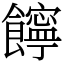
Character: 䭢